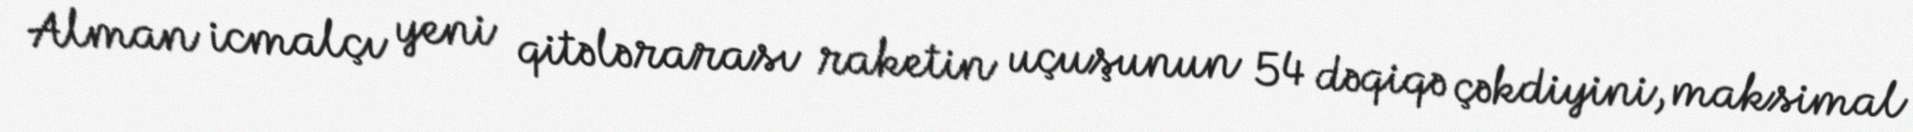
Alman icmalçı yeni qitələrarası raketin uçuşunun 54 dəqiqə çəkdiyini, maksimal